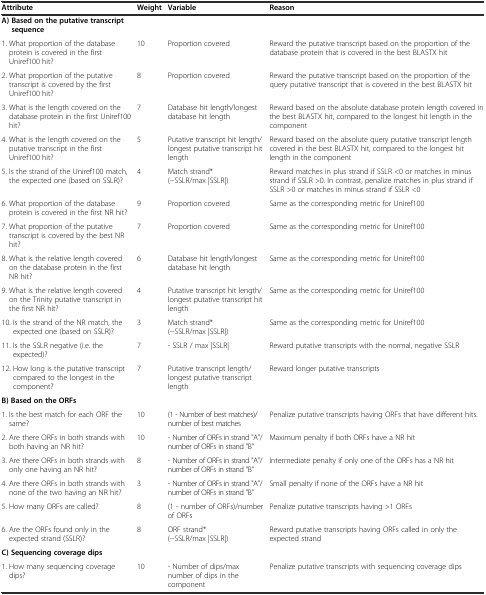
<table><thead><tr><td><b>Attribute</b></td><td><b>Weight</b></td><td><b>Variable</b></td><td><b>Reason</b></td></tr></thead><tbody><tr><td><b>A) Based on the putative transcript sequence</b></td><td></td><td></td><td></td></tr><tr><td>1. What proportion of the database protein is covered in the first Uniref100 hit?</td><td>10</td><td>Proportion covered</td><td>Reward the putative transcript based on the proportion of the database protein that is covered in the best BLASTX hit</td></tr><tr><td>2. What proportion of the putative transcript is covered by the first Uniref100 hit?</td><td>8</td><td>Proportion covered</td><td>Reward the putative transcript based on the proportion of the query putative transcript that is covered in the best BLASTX hit</td></tr><tr><td>3. What is the length covered on the database protein in the first Uniref100 hit?</td><td>7</td><td>Database hit length/longest database hit length</td><td>Reward based on the absolute database protein length covered in the best BLASTX hit, compared to the longest hit length in the component</td></tr><tr><td>4. What is the length covered on the putative transcript in the first Uniref100 hit?</td><td>5</td><td>Putative transcript hit length/longest putative transcript hit length</td><td>Reward based on the absolute query putative transcript length covered in the best BLASTX hit, compared to the longest hit length in the component</td></tr><tr><td>5. Is the strand of the Uniref100 match, the expected one (based on SSLR)?</td><td>4</td><td>Match strand* (−SSLR/max |SSLR|)</td><td>Reward matches in plus strand if SSLR &lt;0 or matches in minus strand if SSLR &gt;0. In contrast, penalize matches in plus strand if SSLR &gt;0 or matches in minus strand if SSLR &lt;0</td></tr><tr><td>6. What proportion of the database protein is covered in the first NR hit?</td><td>9</td><td>Proportion covered</td><td>Same as the corresponding metric for Uniref100</td></tr><tr><td>7. What proportion of the putative transcript is covered by the best NR hit?</td><td>7</td><td>Proportion covered</td><td>Same as the corresponding metric for Uniref100</td></tr><tr><td>8. What is the relative length covered on the database protein in the first NR hit?</td><td>6</td><td>Database hit length/longest database hit length</td><td>Same as the corresponding metric for Uniref100</td></tr><tr><td>9. What is the relative length covered on the Trinity putative transcript in the first NR hit?</td><td>4</td><td>Putative transcript hit length/longest putative transcript hit length</td><td>Same as the corresponding metric for Uniref100</td></tr><tr><td>10. Is the strand of the NR match, the expected one (based on SSLR)?</td><td>3</td><td>Match strand* (−SSLR/max |SSLR|)</td><td>Same as the corresponding metric for Uniref100</td></tr><tr><td>11. Is the SSLR negative (i.e. the expected)?</td><td>7</td><td>- SSLR / max |SSLR|</td><td>Reward putative transcripts with the normal, negative SSLR</td></tr><tr><td>12. How long is the putative transcript compared to the longest in the component?</td><td>7</td><td>Putative transcript length/longest putative transcript length</td><td>Reward longer putative transcripts</td></tr><tr><td><b>B) Based on the ORFs</b></td><td></td><td></td><td></td></tr><tr><td>1. Is the best match for each ORF the same?</td><td>10</td><td>(1 - Number of best matches)/number of best matches</td><td>Penalize putative transcripts having ORFs that have different hits.</td></tr><tr><td>2. Are there ORFs in both strands with both having an NR hit?</td><td>10</td><td>- Number of ORFs in strand &quot;A&quot;/number of ORFs in strand &quot;B&quot;</td><td>Maximum penalty if both ORFs have a NR hit</td></tr><tr><td>3. Are there ORFs in both strands with only one having an NR hit?</td><td>8</td><td>- Number of ORFs in strand &quot;A&quot;/number of ORFs in strand &quot;B&quot;</td><td>Intermediate penalty if only one of the ORFs has a NR hit</td></tr><tr><td>4. Are there ORFs in both strands with none of the two having an NR hit?</td><td>3</td><td>- Number of ORFs in strand &quot;A&quot;/number of ORFs in strand &quot;B&quot;</td><td>Small penalty if none of the ORFs have a NR hit</td></tr><tr><td>5. How many ORFs are called?</td><td>8</td><td>(1 - number of ORFs)/number of ORFs</td><td>Penalize putative transcripts having &gt;1 ORFs</td></tr><tr><td>6. Are the ORFs found only in the expected strand (SSLR)?</td><td>8</td><td>ORF strand* (−SSLR/max |SSLR|)</td><td>Reward putative transcripts having ORFs called in only the expected strand</td></tr><tr><td><b>C) Sequencing coverage dips</b></td><td></td><td></td><td></td></tr><tr><td>1. How many sequencing coverage dips?</td><td>10</td><td>- Number of dips/max number of dips in the component</td><td>Penalize putative transcripts with sequencing coverage dips</td></tr></tbody></table>